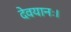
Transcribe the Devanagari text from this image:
देवयानः।